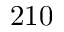
2 1 0